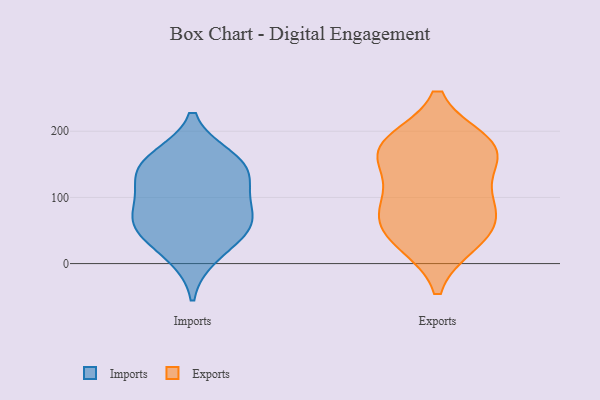
{"axis": {"x": "LTV (USD)", "y": "Value"}, "legend": ["Exports", "Imports"], "data": [{"x": "", "y": 109, "type": "Imports"}, {"x": "", "y": 151, "type": "Imports"}, {"x": "", "y": 65, "type": "Imports"}, {"x": "", "y": 12, "type": "Imports"}, {"x": "", "y": 61, "type": "Imports"}, {"x": "", "y": 69, "type": "Imports"}, {"x": "", "y": 147, "type": "Imports"}, {"x": "", "y": 45, "type": "Imports"}, {"x": "", "y": 121, "type": "Imports"}, {"x": "", "y": 160, "type": "Imports"}, {"x": "", "y": 34, "type": "Exports"}, {"x": "", "y": 59, "type": "Exports"}, {"x": "", "y": 170, "type": "Exports"}, {"x": "", "y": 179, "type": "Exports"}, {"x": "", "y": 182, "type": "Exports"}, {"x": "", "y": 93, "type": "Exports"}, {"x": "", "y": 96, "type": "Exports"}, {"x": "", "y": 32, "type": "Exports"}, {"x": "", "y": 73, "type": "Exports"}, {"x": "", "y": 150, "type": "Exports"}, {"x": "", "y": 173, "type": "Exports"}]}